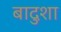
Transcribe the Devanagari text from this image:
बादुशा